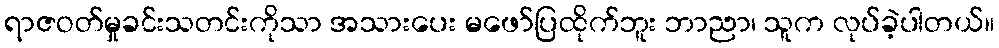
ရာဇဝတ်မှုခင်းသတင်းကိုသာ အသားပေး မဖော်ပြထိုက်ဘူး ဘာညာ၊ သူက လုပ်ခဲ့ပါတယ်။